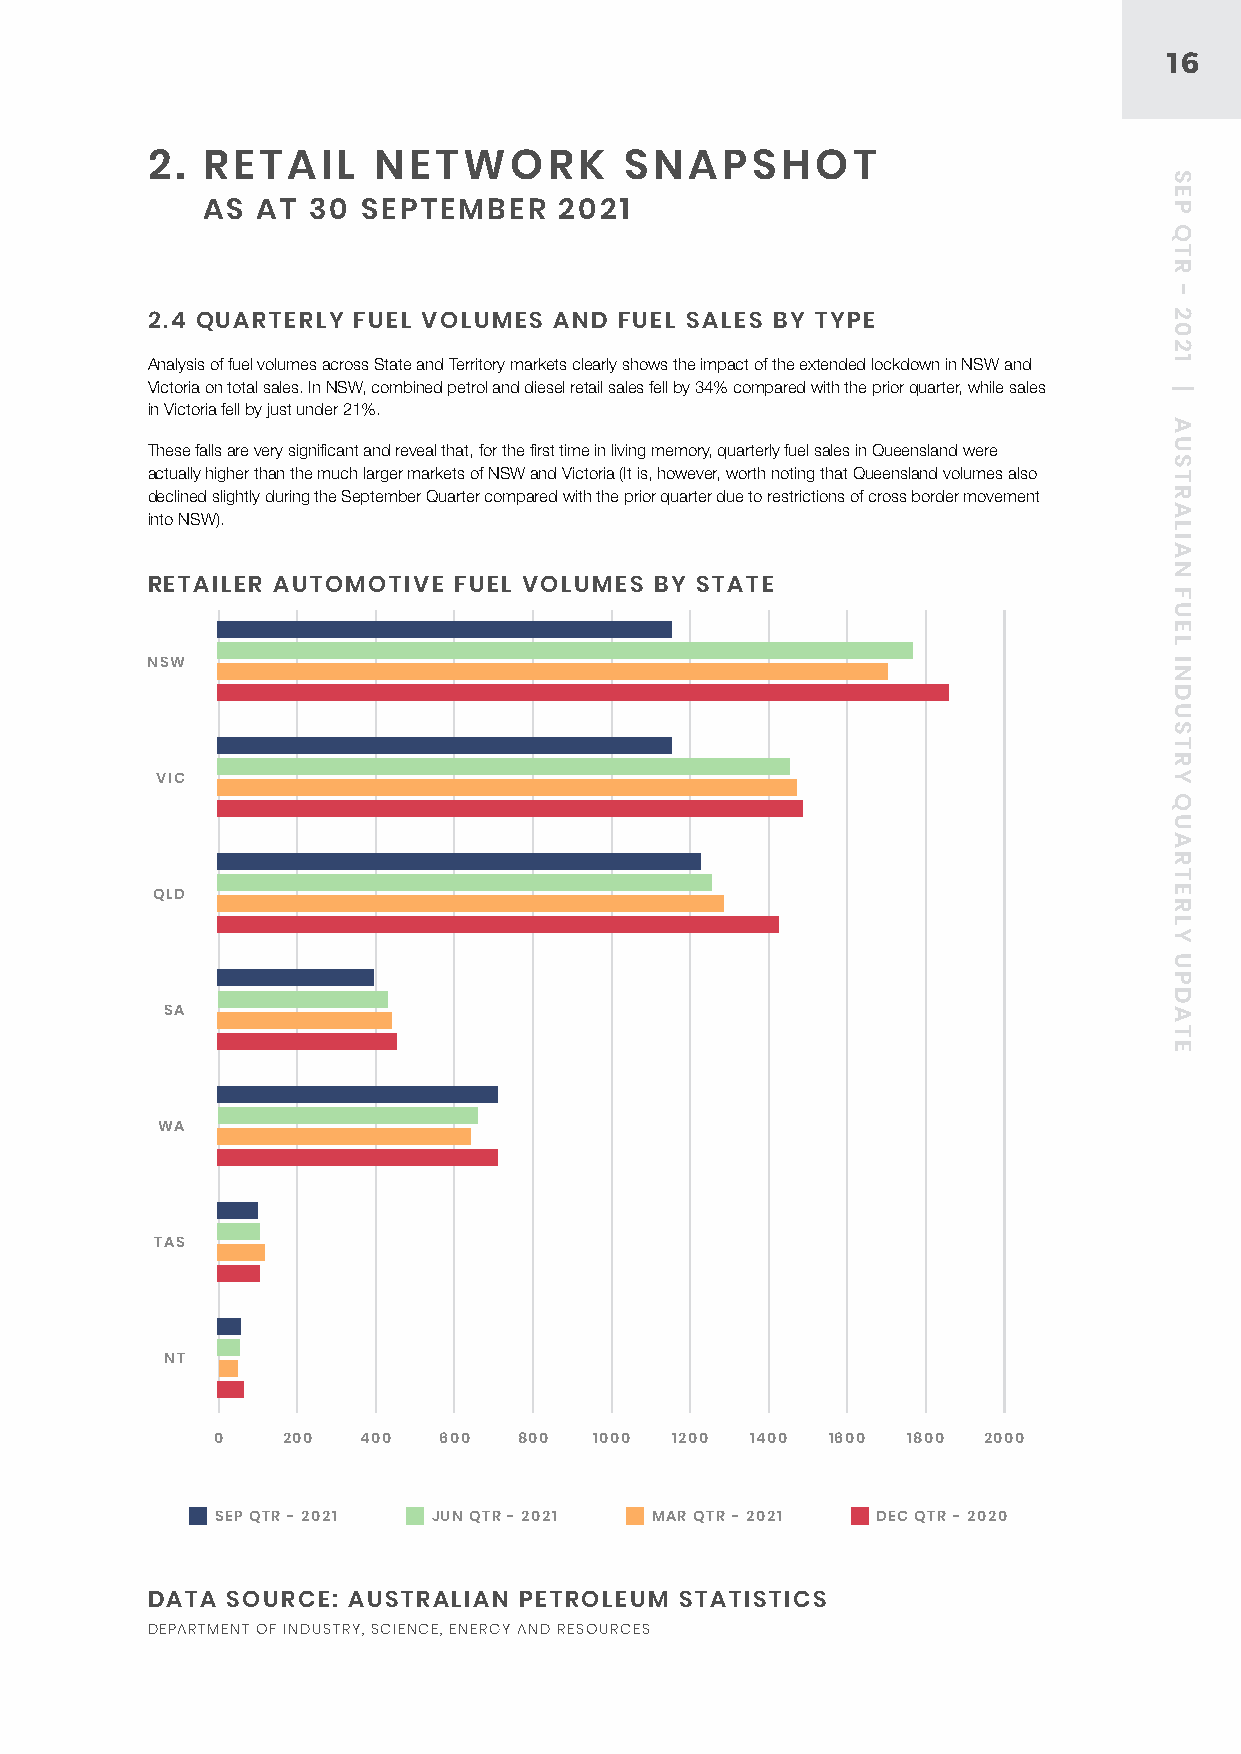
16
 2. RETAIL      NETWORK         SNAPSHOT
 AS  AT 30  SEPTEMBER    2021
 2.4 QUARTERLY FUEL VOLUMES AND FUEL SALES BY TYPE
 Analysis of fuel volumes across State and Territory markets clearly shows the impact of the extended lockdown in NSW and
 Victoria on total sales. In NSW, combined petrol and diesel retail sales fell by 34% compared with the prior quarter, while sales
 in Victoria fell by just under 21%.
 These falls are very significant and reveal that, for the first time in living memory, quarterly fuel sales in Queensland were
 actually higher than the much larger markets of NSW and Victoria (It is, however, worth noting that Queensland volumes also
 declined slightly during the September Quarter compared with the prior quarter due to restrictions of cross border movement
 into NSW).
 RETAILER AUTOMOTIVE FUEL VOLUMES BY STATE
 NSW
 VIC
 QLD
 SA
 WA
 TAS
 NT
 0    200  400  600  800  1000 1200  1400 1600 1800 2000
 SEP QTR - 2021 JUN QTR - 2021 MAR QTR - 2021 DEC QTR - 2020
 DATA SOURCE: AUSTRALIAN PETROLEUM  STATISTICS
 DEPARTMENT OF INDUSTRY, SCIENCE, ENERGY AND RESOURCES
 SEP
 QTR
 -
 2021
 |
 AUSTRALIAN
 FUEL
 INDUSTRY
 QUARTERLY
 UPDATE